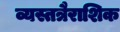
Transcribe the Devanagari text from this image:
व्यस्तत्रैराशिक